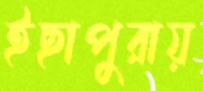
ইছাপুরায়